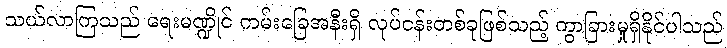
သယ်လာကြသည် ရေးမဏ္ဍိုင် ကမ်းခြေအနီးရှိ လုပ်ငန်းတစ်ခုဖြစ်သည့် ကွာခြားမှုရှိနိုင်ပါသည်